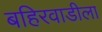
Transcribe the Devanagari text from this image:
बहिरवाडीला